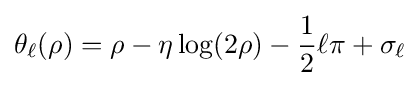
\theta _{\ell }(\rho )=\rho -\eta \log(2\rho )-{\frac {1}{2}}\ell \pi +\sigma _{\ell }